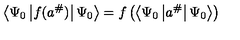
\left\langle \Psi _ { 0 } \left| f ( a ^ { \# } ) \right| \Psi _ { 0 } \right\rangle = f \left( \left\langle \Psi _ { 0 } \left| a ^ { \# } \right| \Psi _ { 0 } \right\rangle \right)